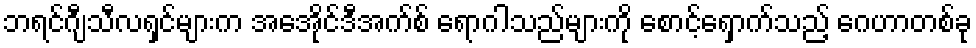
ဘရင်ဂျီသီလရှင်များက အေအိုင်ဒီအက်စ် ရောဂါသည်များကို စောင့်ရှောက်သည့် ဂေဟာတစ်ခု